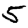
Digit: 5